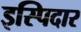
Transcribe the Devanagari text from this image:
इस्पिदार